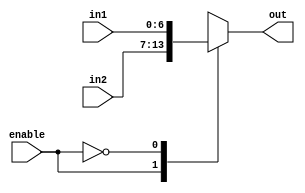

module mux21(enable, in1, in2, out);

input enable;
input [6:0]in1, in2;
 output reg [6:0]out;

always @(in1, in2)
begin
case(enable)
1'b1: out<=in2;
1'b0:out<=in1;
endcase
end
endmodule